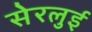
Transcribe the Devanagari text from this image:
सेरलुई